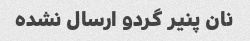
نان پنیر گردو ارسال نشده